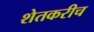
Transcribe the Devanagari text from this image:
शेतकरीच